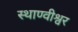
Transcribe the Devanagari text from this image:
स्थाण्वीश्वर